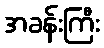
အခန်းကြီး